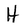
Character: H